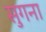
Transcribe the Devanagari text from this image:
सुगना